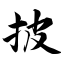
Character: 披